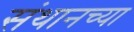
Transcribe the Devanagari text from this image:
संथानच्या